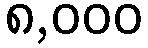
၈,၀၀၀